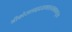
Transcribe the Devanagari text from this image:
श्रीकोसलाहृदयमालयमामयूख